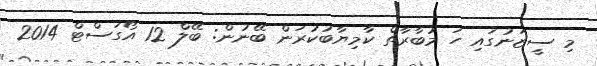
މި ސީޒަނުގައި ހަ މުބާރާތް ކާމިޔާބުކުރަން ބޭނުން: ބޭލް 12 އޯގަސްޓް 2014